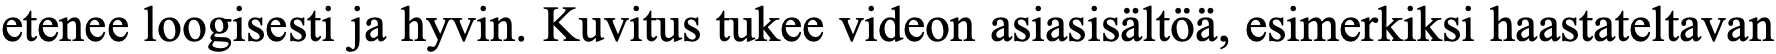
etenee loogisesti ja hyvin. Kuvitus tukee videon asiasisältöä, esimerkiksi haastateltavan